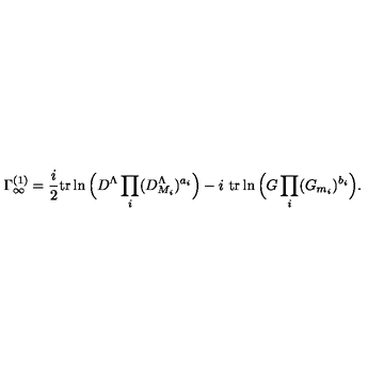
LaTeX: \Gamma _ { \infty } ^ { ( 1 ) } = \frac { i } { 2 } \mathrm { t r } \ln \Big ( D ^ { \Lambda } \prod _ { i } ( D _ { M _ { i } } ^ { \Lambda } ) ^ { a _ { i } } \Big ) - i \ \mathrm { t r } \ln \Big ( G \prod _ { i } ( G _ { m _ { i } } ) ^ { b _ { i } } \Big ) .